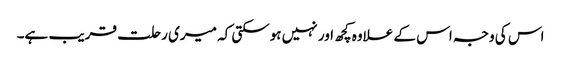
اس کی وجہ اس کے علاوہ کچھ اور نہیں ہوسکتی کہ میری رحلت قریب ہے۔